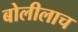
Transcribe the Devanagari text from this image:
बोलीलाच